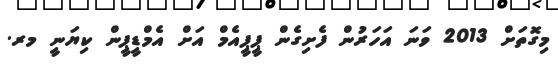
މިގޮތަށް 2013 ވަނަ އަހަރުން ފެށިގެން ޕީޕީއެމް އަށް އެމްޑީޕީން ކިޔަނީ މރ.